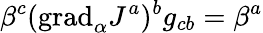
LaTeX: \beta^{c}(\mathrm{grad}_{\alpha}J^{a})^{b}g_{cb}=\beta^{a}